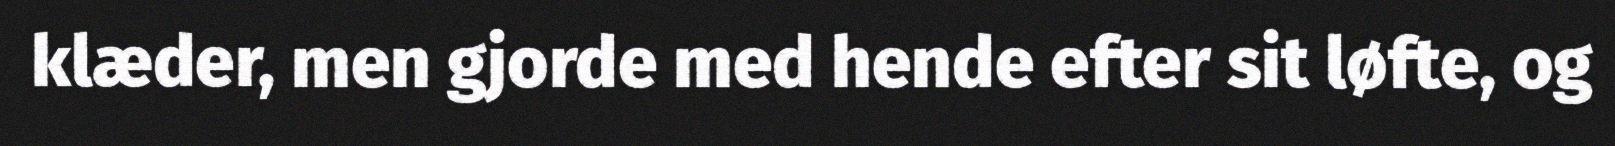
klæder, men gjorde med hende efter sit løfte, og